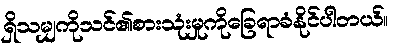
ရှိသမျှကိုသင်၏စားသုံးမှုကိုခြေရာခံနိုင်ပါတယ်။